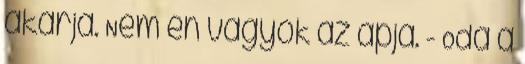
akarja. Nem én vagyok az apja. - Oda a